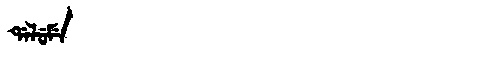
Manchu: ᡩᠠᠯᡠᠮᡝ
Romanization: DALUME